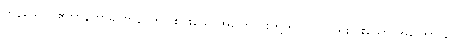
ကုန်သော။ ဧတာနိကာရဏာနိ၊ ဤငါးပါးသောအကြောင်းတို့ကို။ ဝါ၊ ဤရှစ်ပါးသော အကြောင်း